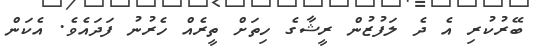
ބޭރުކުރި އެ ދެ ލަފުޒުން ރީޝާގެ ހިތަށް ތީރެއް ހެރުނު ފަދައެވެ. އެކަން